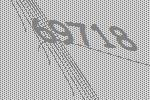
69718